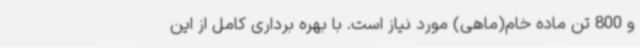
و 800 تن ماده خام(ماهی) مورد نیاز است. با بهره برداری کامل از این